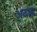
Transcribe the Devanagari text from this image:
अदह्य